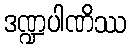
ဒဏ္ဍပါဏိဿ